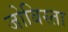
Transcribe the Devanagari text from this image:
जोबिस्ता